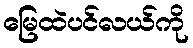
မြေထဲပင်လယ်ကို